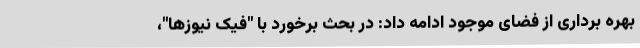
بهره برداری از فضای موجود ادامه داد: در بحث برخورد با "فیک نیوزها"،